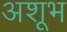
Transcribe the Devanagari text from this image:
अशूभ